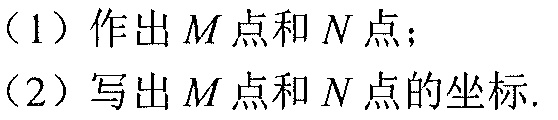
（1）作出\(M\)点和\(N\)点；
（2）写出\(M\)点和\(N\)点的坐标.